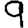
Digit: 9